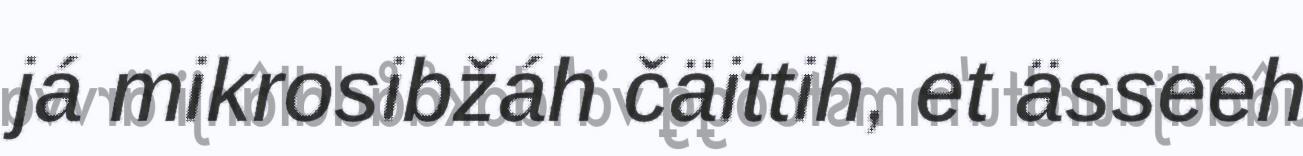
já mikrosibžáh čäittih, et ässeeh